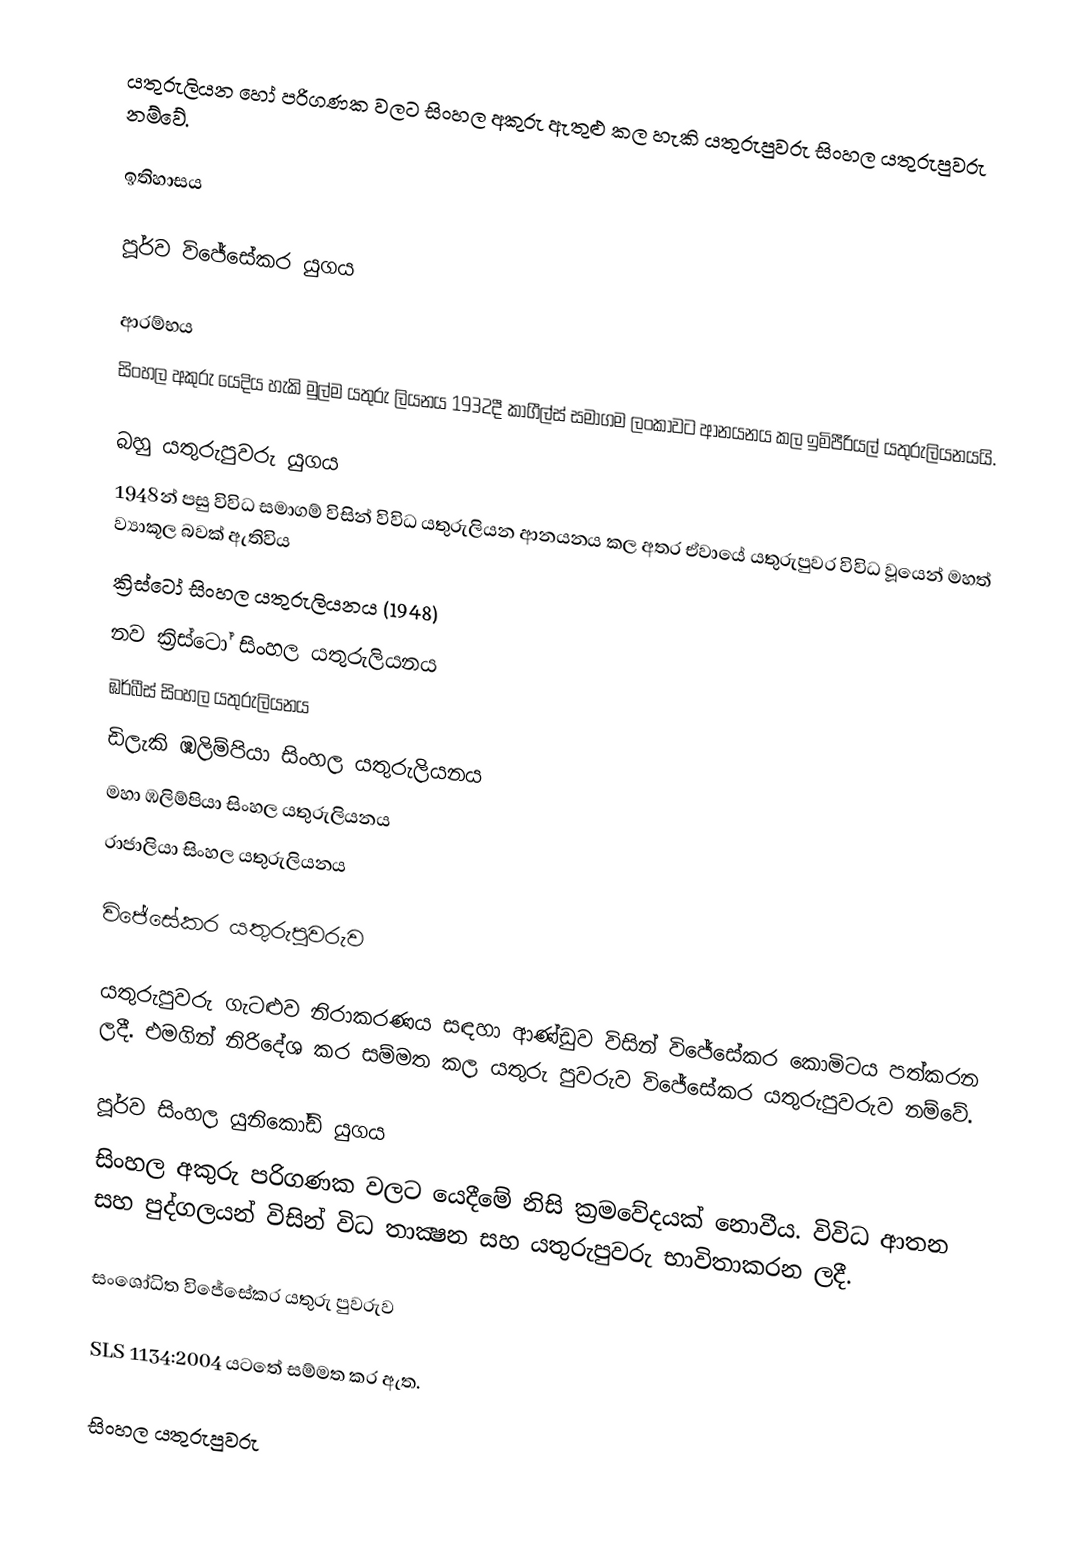
යතුරුලියන හෝ පරිගණක වලට සිංහල අකුරු ඇතුළු කල හැකි යතුරුපුවරු සිංහල යතුරුපුවරු නම්වේ.

ඉතිහාසය

පූර්ව විජේසේකර යුගය

ආරම්භය
සිංහල අකුරු යෙදිය හැකි මුල්ම යතුරු ලියනය 1932දී කාගීල්ස් සමාගම ලංකාවට ආනයනය කල ඉමිපීරියල් යතුරුලියනයයි.

බහු යතුරුපුවරු යුගය
1948න් පසු විවිධ සමාගම් විසින් විවිධ යතුරුලියන ආනයනය කල අතර ඒවායේ යතුරුපුවර විවිධ වූයෙන් මහත් ව්‍යාකූල බවක් ඇතිවිය
 ක්‍රිස්ටෝ සිංහල යතුරුලියනය (1948)
 නව ක්‍රිස්ටෝ සිංහල යතුරුලියනය
 ඹර්බීස් සිංහල යතුරුලියනය
 ඩිලැකි ඹලිම්පියා සිංහල යතුරුලියනය
 මහා ඹලිම්පියා සිංහල යතුරුලියනය
 රාජාලියා සිංහල යතුරුලියනය

විජේසේකර යතුරුපුවරුව

යතුරුපුවරු ගැටළුව නිරාකරණය සඳහා ආණ්ඩුව විසින් විජේසේකර කොමිටය පත්කරන ලදී. එමගින් නිරිදේශ කර සම්මත කල යතුරු පුවරුව විජේසේකර යතුරුපුවරුව නම්වේ.

පූර්ව සිංහල යුනිකෝඩ් යුගය
සිංහල අකුරු පරිගණක වලට යෙදීමේ නිසි ක්‍රමවේදයක් නොවීය. විවිධ ආතන සහ පුද්ගලයන් විසින් විධ තාක්‍ෂන සහ යතුරුපුවරු භාවිතාකරන ලදී.

සංශෝධිත විජේසේකර යතුරු පුවරුව

 SLS 1134:2004 යටතේ සම්මත කර ඇත.

සිංහල යතුරුපුවරු